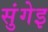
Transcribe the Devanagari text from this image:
सुंगेइ